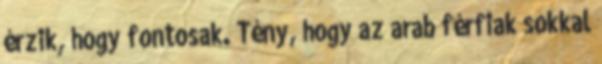
érzik, hogy fontosak. Tény, hogy az arab férfiak sokkal